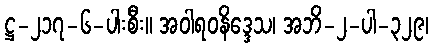
ဋ္ဌ-၂၁၇-၆-ပါးစီး။ အဝါရဝနိဒ္ဒေသ၊ အဘိ-၂-ပါ-၃၂၉၊